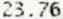
23.76